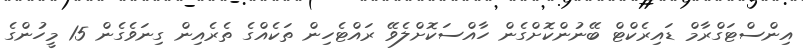
އިންސްޓަގްރާމް ޑައިރެކްޓް ބޭނުންކޮށްގެން ހާއްސަކޮށްލެވޭ ރައްޓެހިން ތަކެއްގެ ތެރެއިން ގިނަވެގެން 15 މީހުންގެ